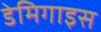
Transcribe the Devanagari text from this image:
डेमिगाइस